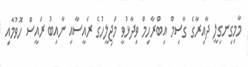
މާމިގިނގިލީ ދާއިރާގެ ގާސިމް އިބްރާހިމް ވިދާޅުވީ މަޖިލީހުގެ ރައީސާއި ނާއިބު ރައީސް ހޮވުމާއި